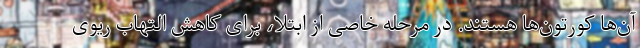
آن‌ها کورتون‌ها هستند. در مرحله خاصی از ابتلا، برای کاهش التهاب ریوی